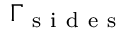
\Gamma _ { \mathrm { ~ s ~ i ~ d ~ e ~ s ~ } }